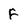
Character: F